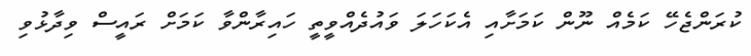
ކުރަންޖެހޭ ކަމެއް ނޫން ކަމަށާއި އެކަހަލަ ވައުދެއްވީތީ ހައިރާންވާ ކަމަށް ރައީސް ވިދާޅުވި